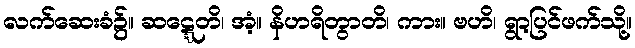
လက်ဆေးခံ၌။ ဆဋ္ဋေတိ၊ အံ့။ နိဟရိတွာတိ၊ ကား။ ဗဟိ၊ ရွာ့ပြင်ဖက်သို့။